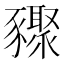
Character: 䝒